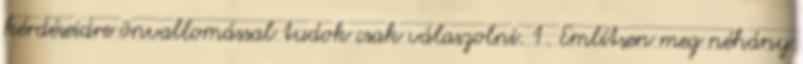
kérdéseidre önvallomással tudok csak válaszolni. 1. Említsen meg néhány